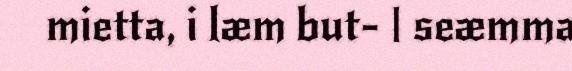
mietta, i læm but- | seæmma